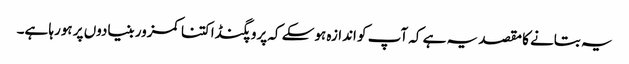
یہ بتانے کا مقصد یہ ہے کہ آپ کو اندازہ ہوسکے کہ پروپگنڈا کتنا کمزور بنیادوں پر ہورہا ہے۔